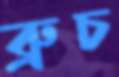
ব্রুচ